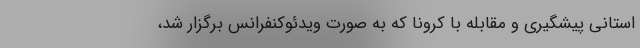
استانی پیشگیری و مقابله با کرونا که به صورت ویدئوکنفرانس برگزار شد،